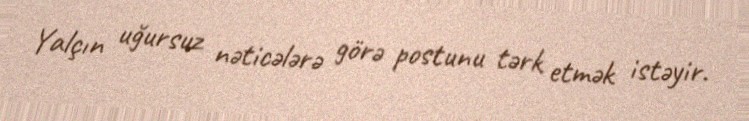
Yalçın uğursuz nəticələrə görə postunu tərk etmək istəyir.